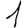
Digit: 1